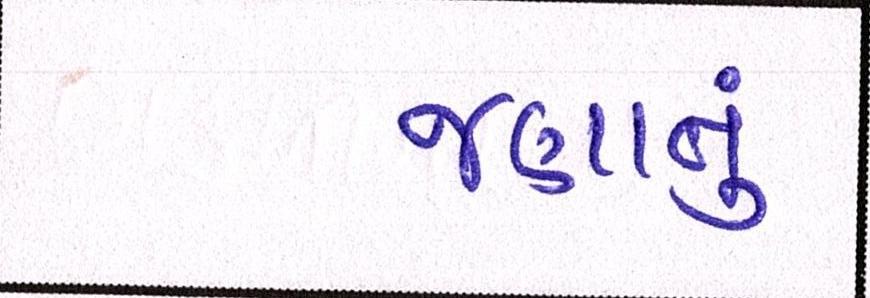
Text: જણાતું